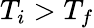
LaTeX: T_{i}>T_{f}